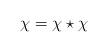
LaTeX: \begin{align*}\chi = \chi \star \chi\end{align*}